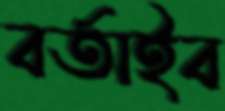
বর্তাইব